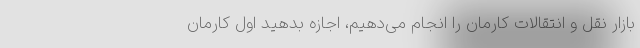
بازار نقل و انتقالات کارمان را انجام می‌دهیم، اجازه بدهید اول کارمان